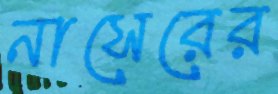
নাসেরের